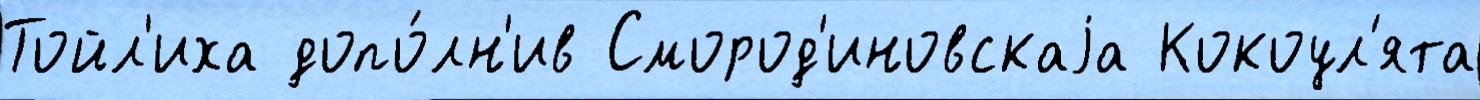
Тойл'иха допо́лн'ив Смород'иновскаjа Кокоул'ята